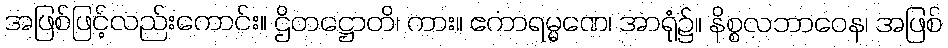
အဖြစ်ဖြင့်လည်းကောင်း။ ဌိတဋ္ဌောတိ၊ ကား။ ဧကာရမ္မဏေ၊ အာရုံ၌။ နိစ္စလဘာဝေန၊ အဖြစ်